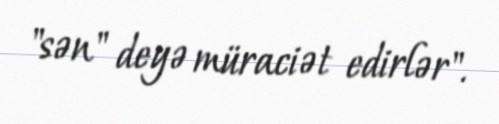
"sən" deyə müraciət edirlər".